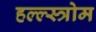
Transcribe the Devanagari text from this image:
हल्ल्स्त्रोम